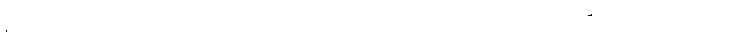
ရွာထဲသို့ ဟင်းစားဝယ် ရောက်လာကြသည့် သူတို့ကိုလည်း ရွာသူရွာသားများက ဆီးပြောကြလေသည်။